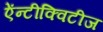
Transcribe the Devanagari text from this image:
ऐंन्टीक्विटीज